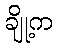
ချို့က